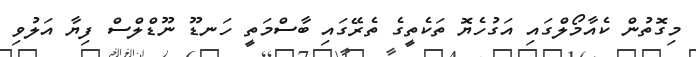
މިގޮތުން ކެއާމޯލްގައި އަގުހެޔޮ ތަކެތީގެ ތެރޭގައި ބާސްމަތީ ހަނޑޫ ނޫޑްލްސް ފިޔާ އަލުވި